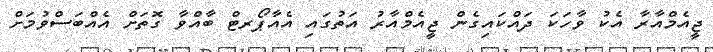
ޖީއެމްއާރާ އެކު ވާހަކަ ދައްކައިގެން ޖީއެމްއާރު އަތުގައި އެއާޕޯރޓް ބާއްވާ ގޮތަށް އެއްބަސްވުމަށް